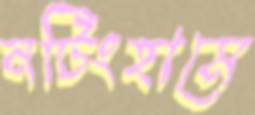
নটিংহামে